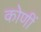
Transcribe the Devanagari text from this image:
कोणीं